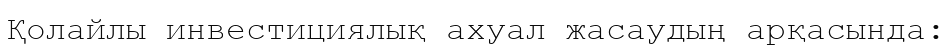
Қолайлы инвестициялық ахуал жасаудың арқасында: